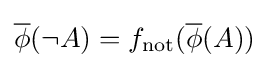
{\overline {\phi }}(\neg A)=f_{\text{not}}({\overline {\phi }}(A))